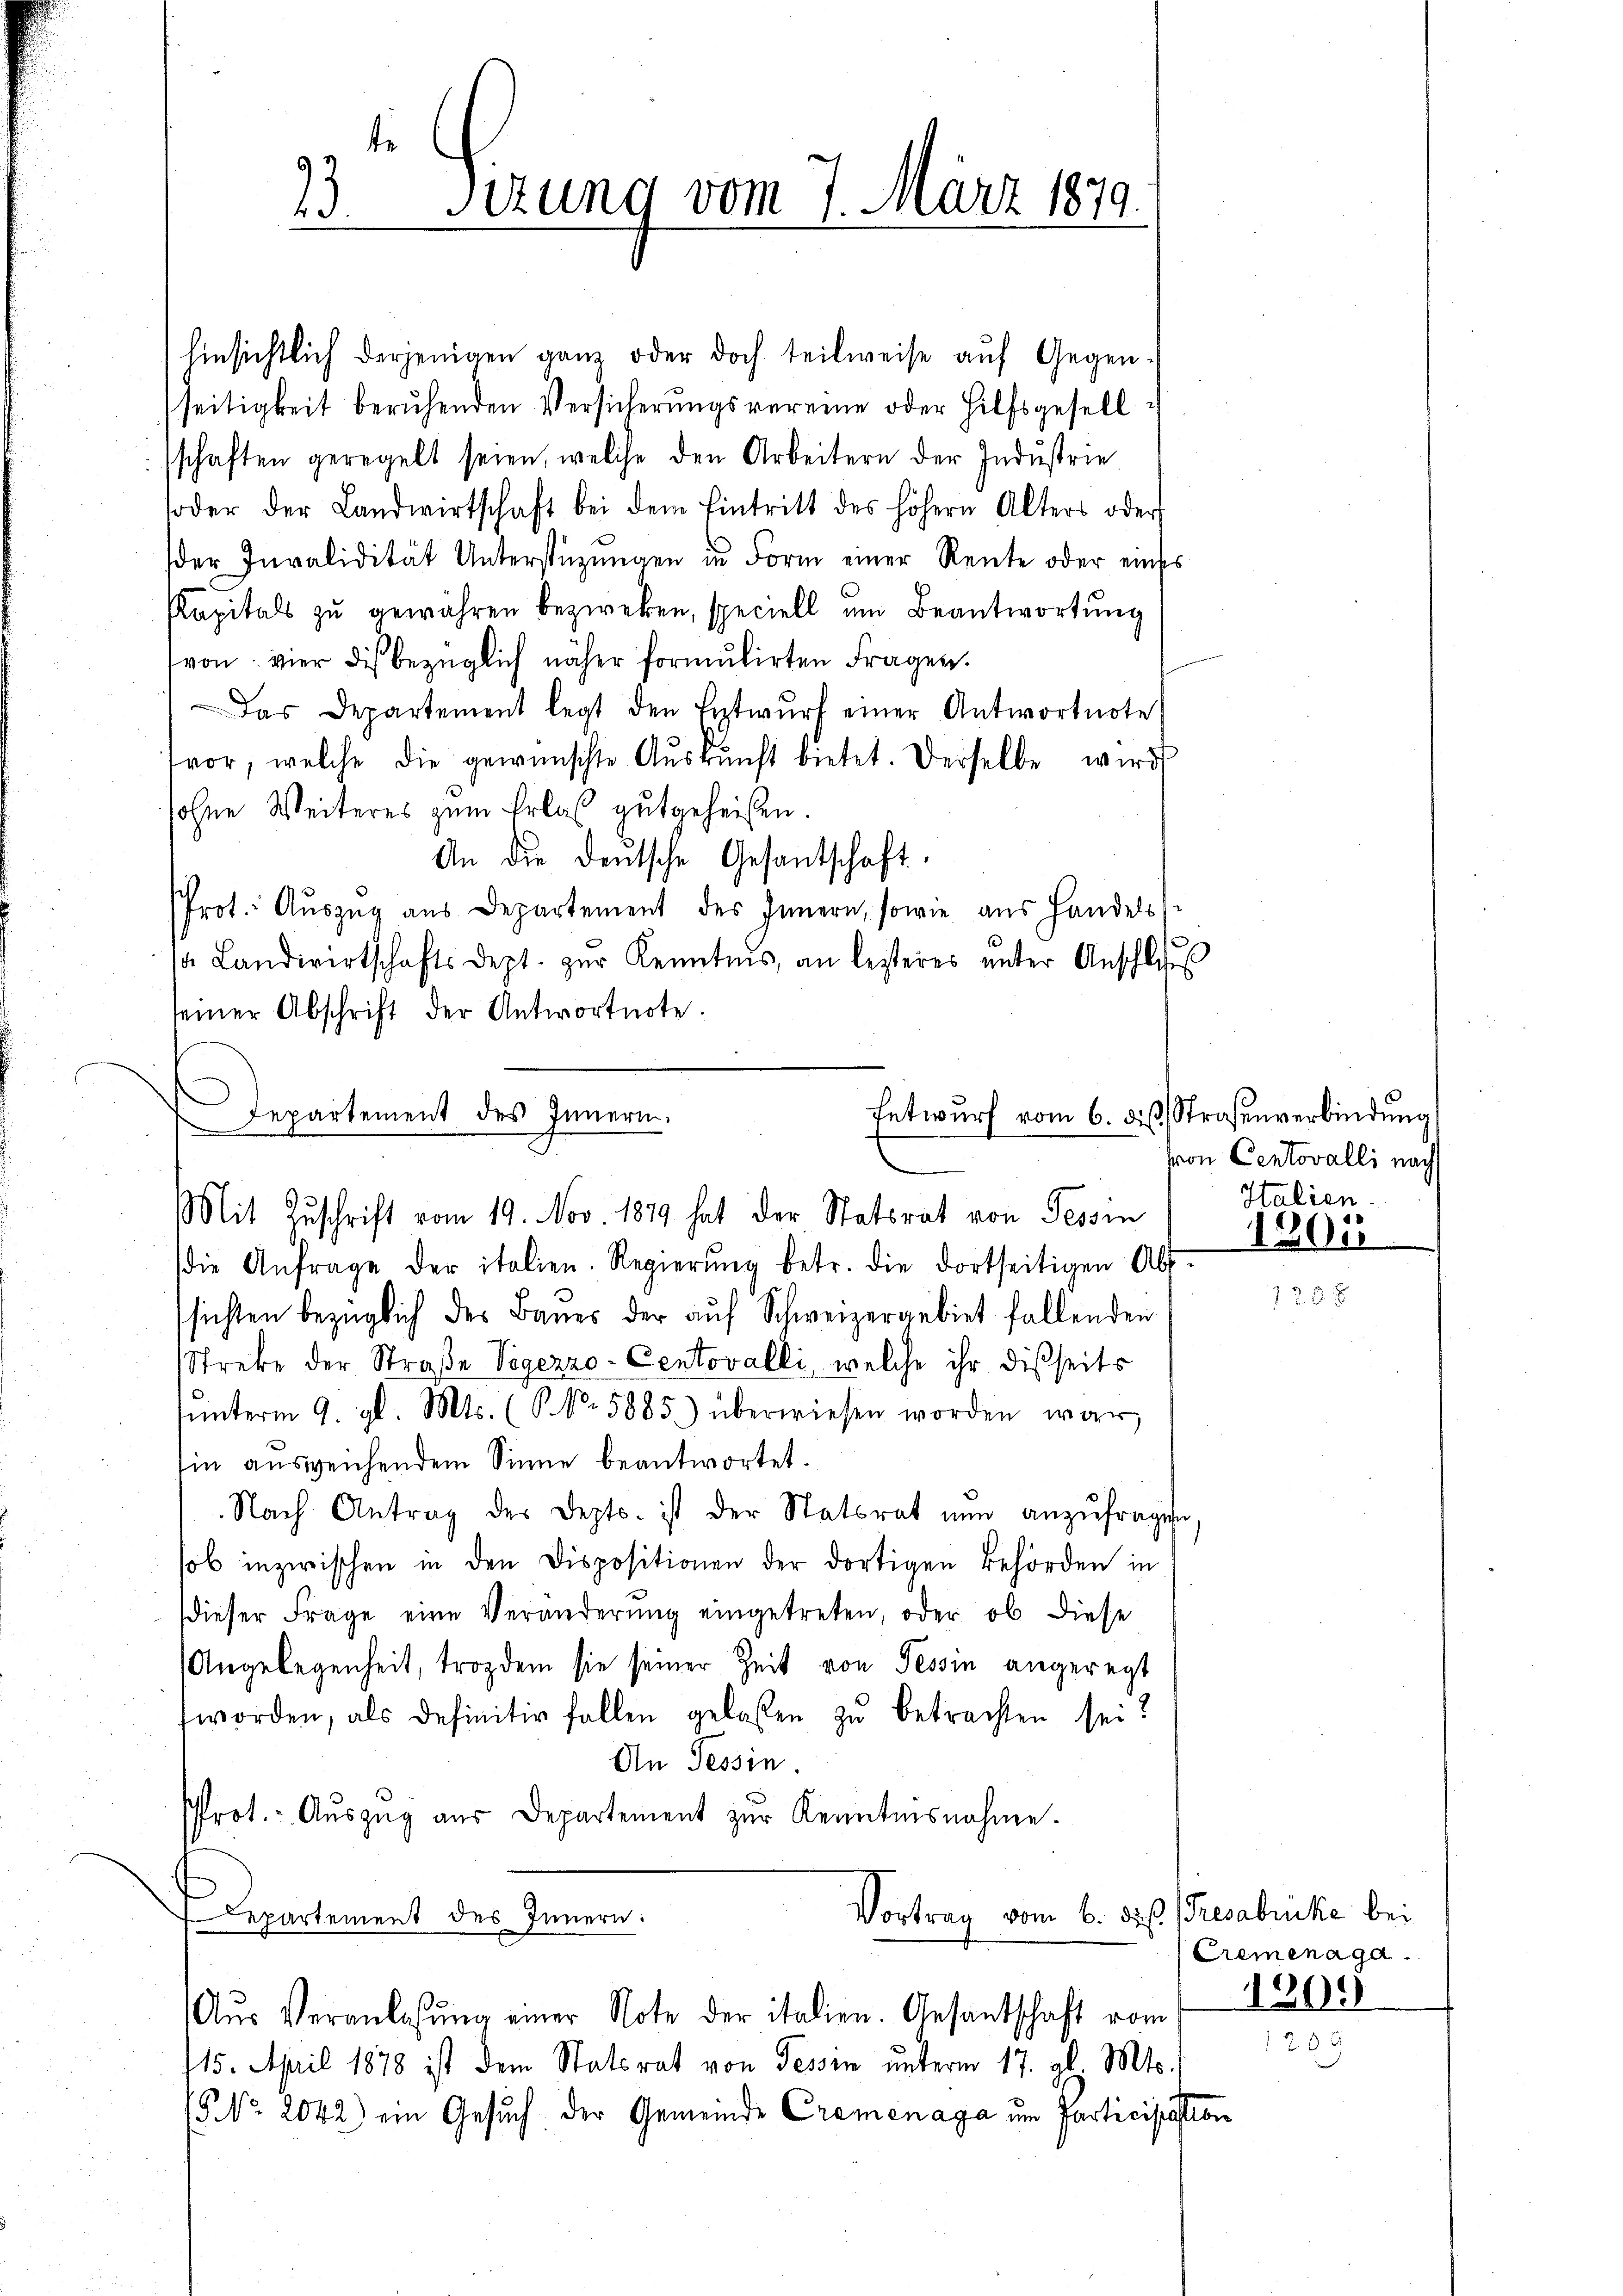
hinsichtlich derjenigen ganz oder doch teilweise aŭf Gegen-
seitigkeit beruhenden Versicherungsvereine oder Hilfsgesell
schaften geregelt seien, welche den Arbeitern der Industrie
oder der Landwirtschaft bei dem Eintritt des höhern Alters oder
der Invalidität Unterstüzungen in Form einer Rente oder eines
Kapitals zu gewähren bezweken, speciell um Beantwortung
von: vier die bezüglich näher formŭkirten Fragen.
Das Departement legt den Entwŭrf einer Antwortnote
vor, welche die gewünschte Aŭskŭnft bietet. Derselbe wird
sohne Weiteres zum Erlaß gutgeheißen.
An die deŭtsche Gesantschaft.
Prot. Aŭszŭg aŭs Departement des Innern, sowie aus Handels
sa Landwirtschaftsdept. zŭr Kenntnis, an lezteres ŭnter Anschloss
seiner Abschrift der Antwortnote.
Entwurf vom 6. dieß. Straßenverbindung
Departement des Innern.

Mit Zuschrift vom 19. Nov 1879 hat der Statsrat von Tessin

die Anfrage der italien. Regierŭng betr. die dortseitigen Ab-
sichten bezüglich des Baues der aŭf Schweizergebiet fallenden
Streke der Straße Vegezzo Centovalli, welche ihr dießseits
ŭnterm 9. gl. Mts. (N. N. 5885) überwiesen worden war
sin ausweichendem Sinne beantwortet.
Nach Antrag des Depts. ist der Statsrat nun anzŭfragen
sob inzwischen in den Dispositionen der dortigen Behörden in
dieser Frage eine Veränderung eingetreten, oder ob diese
Angelegenheit, trozdem sie seiner Zeit von Tessin angeregt
worden, als definitiv fallen gelassen zu betrachten sei?
An Tessin
Prot.- Aŭszŭg aŭs Departement zur Kenntnisnahme.
Vortrag vom 6. des Tresabruke bei
Departement des Innern.

te
23. Sizung vom 7. März 1879.
e

Aŭs Veranlassŭng einer Note der italien. Gesantschaft vom

von Centovalli nach
Italien.

115. April 1878 ist dem Statsrat von Tessin unterm 17. gl. Mts.
15 No. 2042) ein Gesŭch der Gemeinde Cromenaga um Participation

1305

Cremenaga.
1209